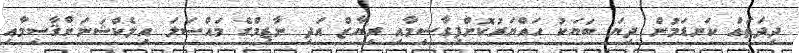
ދިދަތައް ކަނޑަމުން ދިޔަ ބަޔަކު ހައްޔަރުކޮށްފިގާސިމާއި ރިޔާޒް އަދި ނާޒިމްގެ މައްސަލަ އިލެކްޝަނަށްޤާސިމާއި